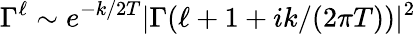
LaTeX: \Gamma^{\ell}\sim e^{-k/2T}|\Gamma(\ell+1+ik/(2\pi T))|^{2}